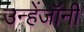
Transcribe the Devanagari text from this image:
उन्हेंजॉनी